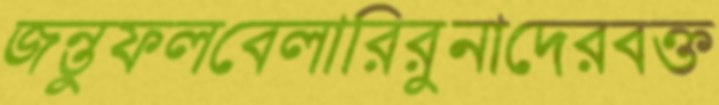
জন্তুফলবেলারিরুনাদেরবক্ত